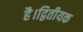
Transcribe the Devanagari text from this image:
है।द्वितीयक